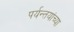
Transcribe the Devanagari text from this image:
पर्यन्तयांच्या